Vaccination in Burma 1920-1933 - 1920-1933
Year: 1920
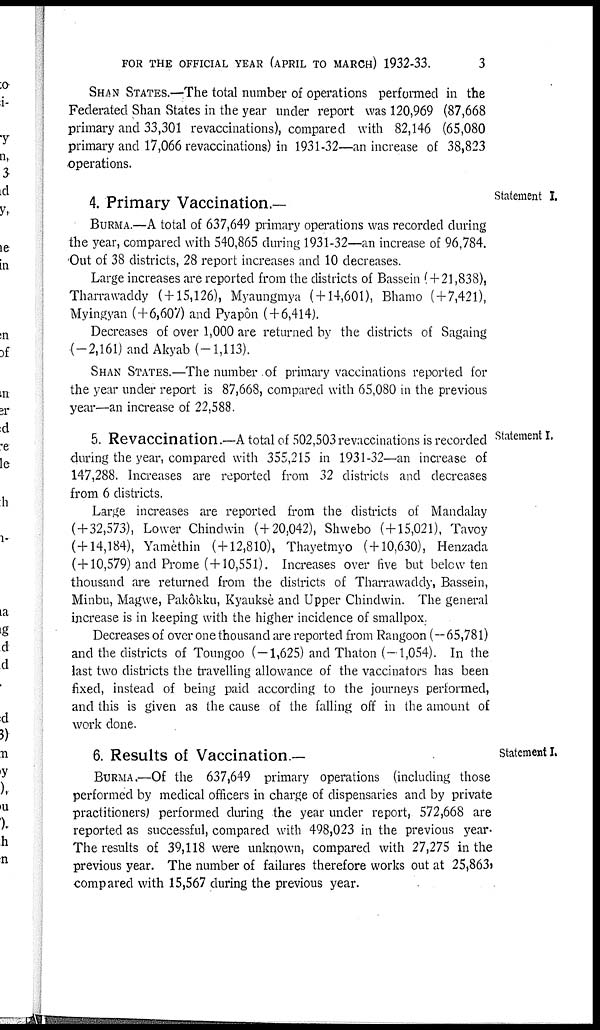
FOR THE OFFICIAL YEAR (APRIL TO MARCH) 1932-33.
3
SHAN STATES.—The total number of operations performed in the
Federated Shan States in the year under report was 120,969 (87,668
primary and 33,301 revaccinations), compared with 82,146 (65,080
primary and 17,066 revaccinations) in 1931-32—an increase of 38,823
operations.
Statement I.
4. Primary Vaccination.—
BURMA.—A total of 637,649 primary operations was recorded during
the year, compared with 540,865 during 1931-32—an increase of 96,784.
Out of 38 districts, 28 report increases and 10 decreases.
Large increases are reported from the districts of Bassein (+21,838),
Tharrawaddy ( + 15,126), Myaungmya ( + 14,601), Bhamo (+7,421),
Myingyan (+6,607) and Pyapôn ( + 6,414).
Decreases of over 1,000 are returned by the districts of Sagaing
(-2,161) and Akyab (-1,113).
SHAN STATES.—The number of primary vaccinations reported for
the year under report is 87,668, compared with 65,080 in the previous
year—an increase of 22,588.
Statement I.
5. Revaccination .—A total of 502,503 revaccinations is recorded
during the year, compared with 355,215 in 1931-32—an increase of
147,288. Increases are reported from 32 districts and decreases
from 6 districts.
Large increases are reported from the districts of Mandalay
( + 32,573), Lower Chindwin (+20,042), Shwebo (+15,021), Tavoy
(+14,184), Yamèthin (+12,810), Thayetmyo ( + 10,630), Henzada
(+10,579) and Prome ( + 10,551). Increases over five but below ten
thousand are returned from the districts of Tharrawaddy, Bassein,
Minbu, Magwe, Pakôkku, Kyauksè and Upper Chindwin. The general
increase is in keeping with the higher incidence of smallpox.
Decreases of over one thousand are reported from Rangoon (—65,781)
and the districts of Toungoo (-1,625) and Thaton (-1,054). In the
last two districts the travelling allowance of the vaccinators has been
fixed, instead of being paid according to the journeys performed,
and this is given as the cause of the falling off in the amount of
work done.
Statement I.
6. Results of Vaccination.—
BURMA.—Of the 637,649 primary operations (including those
performed by medical officers in charge of dispensaries and by private
practitioners) performed during the year under report, 572,668 are
reported as successful, compared with 498,023 in the previous year.
The results of 39,118 were unknown, compared with 27,275 in the
previous year. The number of failures therefore works out at 25,863,
compared with 15,567 during the previous year.